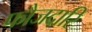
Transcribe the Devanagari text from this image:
फौजदारि